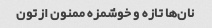
نان‌ها تازه و خوشمزه ممنون ازتون